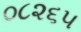
૦૮૨૬૫